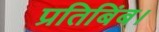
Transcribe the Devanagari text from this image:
प्रतिबिंब।